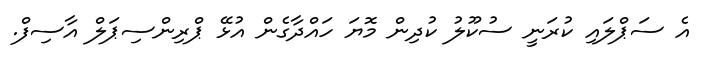
އެ ސަޕްލައި ކުރަނީ ސުކޫލު ކުދިިން މޮޔަ ހައްދާގެން އުޅޭ ޕްރިންސިޕަލް އާސިފް.